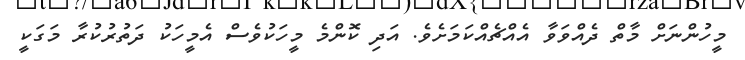
މީހުންނަށް މާތް ދެއްވަވާ އެއްޗެއްކަމަށެވެ. އަދި ކޮންމެ މީހަކުވެސް އެމީހަކު ދަތުރުކުރާ މަގަކީ